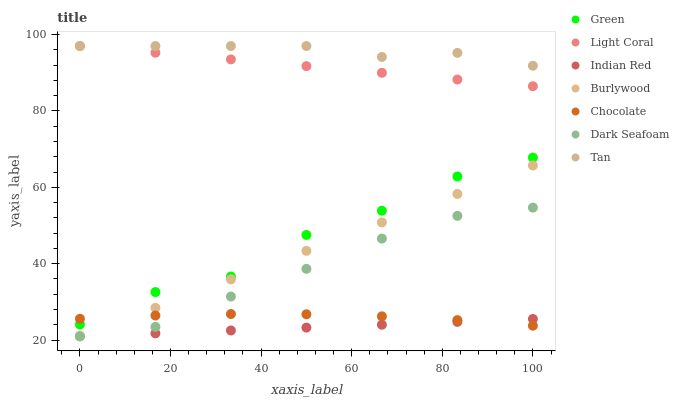
| xaxis_label | Green | Light Coral | Indian Red | Burlywood | Chocolate | Dark Seafoam | Tan |
 | --- | --- | --- | --- | --- | --- | --- | --- |
 | 0 | 24.1 | 97 | 21 | 21 | 25.6 | 21 | 97 |
 | 16.7 | 32.6 | 95.2 | 21.8 | 28.5 | 26.4 | 23.5 | 97 |
 | 33.3 | 36.6 | 93.5 | 22.5 | 35.9 | 26.8 | 31.4 | 97 |
 | 50 | 47.5 | 91.7 | 23.3 | 43.4 | 26.8 | 38.7 | 97 |
 | 66.7 | 53.9 | 90 | 24 | 50.8 | 26.2 | 46.6 | 94.1 |
 | 83.3 | 62.8 | 88.2 | 24.8 | 58.3 | 25.2 | 52.5 | 95.2 |
 | 100 | 67.8 | 86.5 | 25.5 | 65.7 | 23.8 | 54.7 | 91.8 |